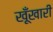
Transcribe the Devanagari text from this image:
खूँखारी